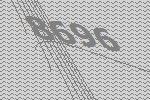
8696